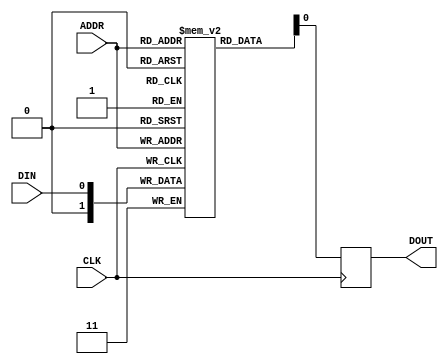
module memory(CLK, ADDR , DIN , DOUT );

parameter wordSize = 1; 
parameter addressSize=1;

input ADDR, CLK;
input [wordSize-1:0] DIN;
output reg [wordSize-1:0] DOUT;
reg [wordSize:0] mem [0:(1<<addressSize)-1];

always @ (posedge CLK ) begin 
	mem[ADDR] <= DIN;
	DOUT <= mem[ADDR];
end

endmodule